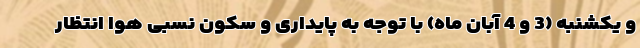
و یکشنبه (3 و 4 آبان ماه) با توجه به پایداری و سکون نسبی هوا انتظار